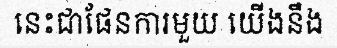
នេះជាផែនការមួយ យើងនឹង